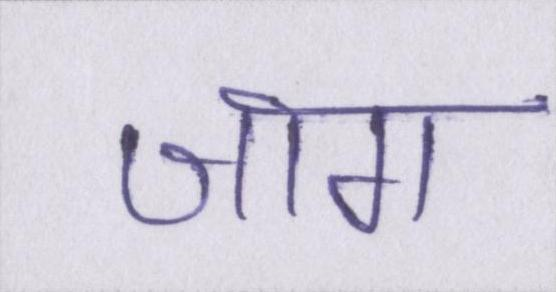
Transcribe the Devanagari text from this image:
जाग